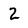
Character: 2